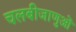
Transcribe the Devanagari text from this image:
चलबीजाणुओं